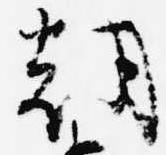
朝